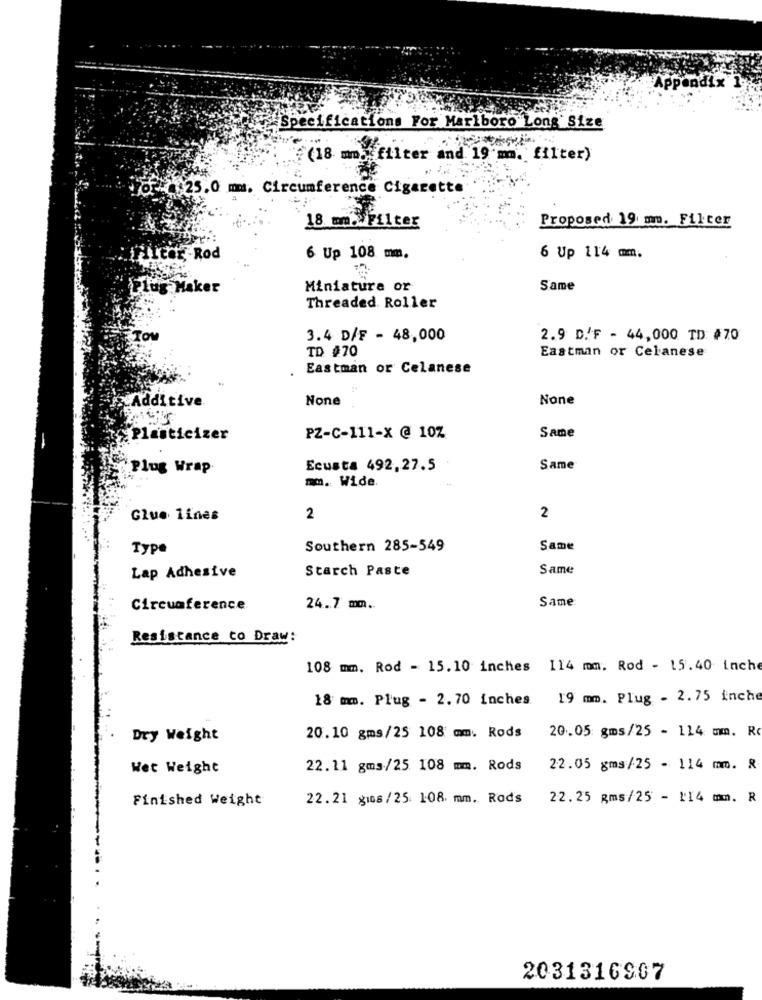
Appendix
"Specifications For Marlboro Long Size
(18 mm. filter and 19 mm. filter)
25.0 mm. Circumference Cigarette
Proposed 19 m. Filter
18 mm./Filter
licor Rod
6 Up 108 mm.
6 Up 114 mm.
Plug Maker
Miniatura or
Same
Threaded. Roller
3.4 D/F - 48,000
2.9 D.F - 44,000 TD: #70
TD #70
Eastman or Celanese
Eastman or Celanese
Additive
Same
Plasticizer
PZ-C-111-X @ 10%
Plug Wrap
Ecusta 492,27.5
Same
mm. Wide.
Glue lines
2
2
Type
Southern 285-549
Same
Lap Adhesive
Starch Paste
Same
Same
Circumference
24.7 mm ..
Resistance to Draw:
108 mm. Rod - 15.10 inches 114 mm. Rod - 15.40 inche
18 mm. Plug - 2. 70 inches 19 mm. Plug - 2.75 inche
20.05 gms/25 - 114 mm. Rc
Dry Weight
20.10 gms/25 108 mm. Rods
Wet Weight
22.11 gms/25 108 mm. Rods
22.05 gms/25 - 114 mm. 8
Finished Weight
22.21 g108/25. 108. mm. Rods
22.25 gms/25 - 114 mm. R
2031316907